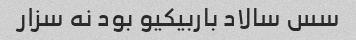
سس سالاد باربیکیو بود نه سزار